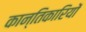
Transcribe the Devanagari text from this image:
कान्तिकारियों